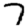
Digit: 7